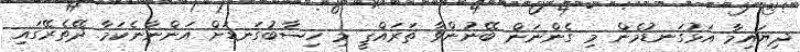
ދިޔައިމާ އަޅުގަނޑުމެން މި ގެންނަން ބޭނުންވާ ތަރައްޤީ މި ހިސާބުގަނޑަށް އަންނާނެކަމާ ދޭތެރޭގައި